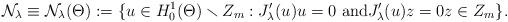
LaTeX: \begin{align*}\mathcal{N}_{\lambda}\equiv\mathcal{N}_{\lambda}(\Theta):=\{u\in H_{0}^{1}(\Theta)\smallsetminus Z_{m}:J_{\lambda}^{\prime}(u)u=0\text{ and}J_{\lambda}^{\prime}(u)z=0z\in Z_{m}\}.\end{align*}